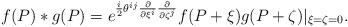
LaTeX: \begin{align*}f(P)*g(P)=e^{\frac{i}{2}\theta^{ij}\frac{\partial}{\partial\xi^i}\frac{\partial}{\partial\zeta^j}}f(P+\xi )g(P+\zeta )|_{\xi =\zeta =0}.\end{align*}